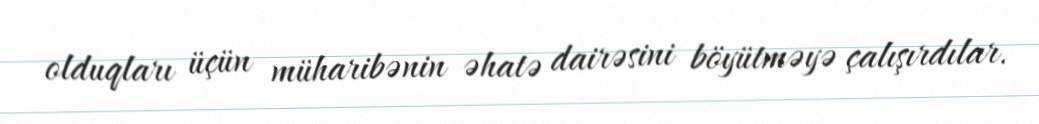
olduqları üçün müharibənin əhatə dairəsini böyütməyə çalışırdılar.